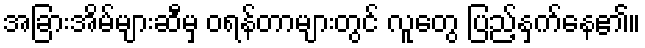
အခြားအိမ်များဆီမှ ဝရန်တာများတွင် လူတွေ ပြည့်နှက်နေ၏။